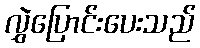
လွှဲပြောင်းပေးသည်